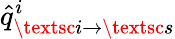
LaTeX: \hat{q}_{\textsc{i}\to\textsc{s}}^{i}